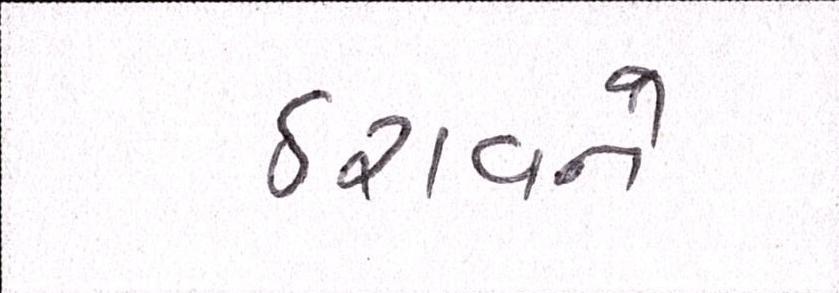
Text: ઠરાવને